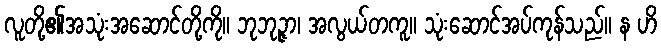
လူတို့၏အသုံးအဆောင်တို့ကို။ ဘုဘုဉ္ဇာ၊ အလွယ်တကူ။ သုံးဆောင်အပ်ကုန်သည်။ န ဟိ